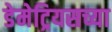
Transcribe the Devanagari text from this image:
डेमेट्रियसच्या